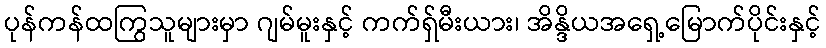
ပုန်ကန်ထကြွသူများမှာ ဂျမ်မူးနှင့် ကက်ရှ်မီးယား၊ အိန္ဒိယအရှေ့မြောက်ပိုင်းနှင့်